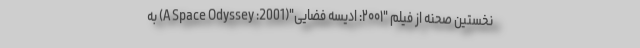
نخستین صحنه از فیلم "۲۰۰۱: ادیسه فضایی"(2001: A Space Odyssey) به